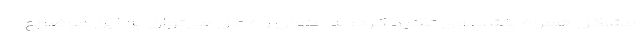
مشکل همراه باشد. وی تأکید کرد: به عنوان راه حل می‌توان به این موضوع